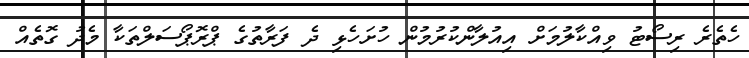
ހެތެރެ ރިސޯޓު ވިއްކާލުމަށް އިއުލާންކުރުމުން ހުށަހެޅި ދެ ފަރާތުގެ ޕްރޮޕޯސަލްތަކާ މެދު ގޮތެއް